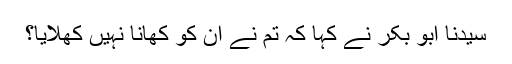
سیدنا ابو بکرؓ نے کہا کہ تم نے ان کو کھانا نہیں کھلایا؟